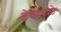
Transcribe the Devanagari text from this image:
द्वेषामुळे